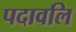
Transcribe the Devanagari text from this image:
पदावलि